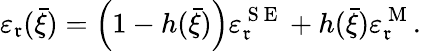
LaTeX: \varepsilon_{\mathfrak{r}}(\bar{{\xi}})=\Big(1-h(\bar{{\xi}})\Big)\varepsilon_{\mathfrak{r}}^{\mathrm{{~S~E~}}}+h(\bar{{\xi}})\varepsilon_{\mathfrak{r}}^{\mathrm{{~M~}}}.